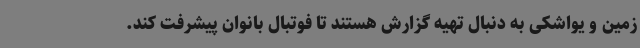
زمین و یواشکی به دنبال تهیه گزارش هستند تا فوتبال بانوان پیشرفت کند.